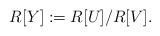
LaTeX: \begin{align*}R [ Y ] := R [ U ] / R [ V ].\end{align*}